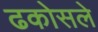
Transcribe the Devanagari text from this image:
ढकोसले